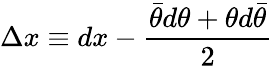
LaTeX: \Delta x\equiv dx-\frac{\bar{\theta}d\theta+\theta d\bar{\theta}}{2}